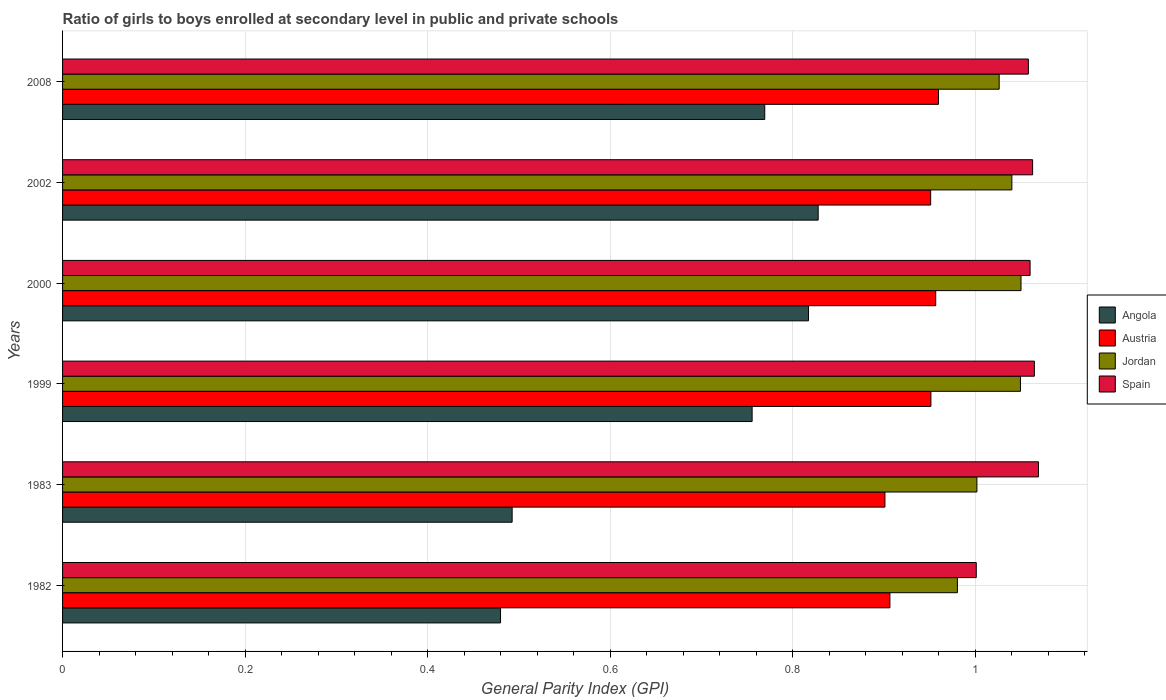
| Years | Angola | Austria | Jordan | Spain |
 | --- | --- | --- | --- | --- |
 | 1982 | 0.48 | 0.906 | 0.98 | 1 |
 | 1983 | 0.492 | 0.901 | 1 | 1.07 |
 | 1999 | 0.755 | 0.951 | 1.05 | 1.06 |
 | 2000 | 0.817 | 0.956 | 1.05 | 1.06 |
 | 2002 | 0.828 | 0.951 | 1.04 | 1.06 |
 | 2008 | 0.769 | 0.96 | 1.03 | 1.06 |